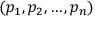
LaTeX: ( p _ { 1 } , p _ { 2 } , \dots , p _ { n } )